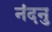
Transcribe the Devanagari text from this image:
नंदनु